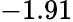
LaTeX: -1.91